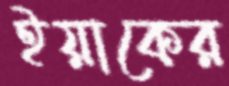
ইয়াকের